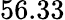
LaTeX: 56.33